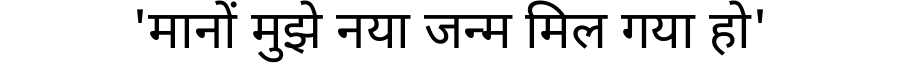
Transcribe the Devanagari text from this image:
'मानों मुझे नया जन्म मिल गया हो'